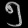
Digit: ၅